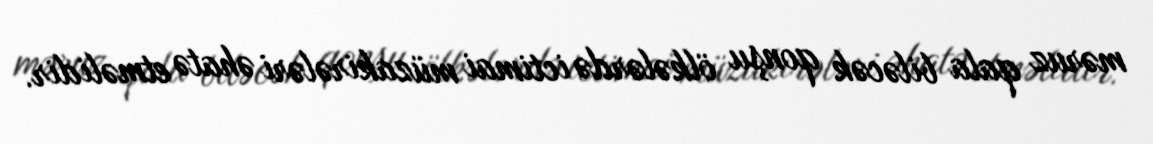
məruz qala biləcək qonşu ölkələrdə ictimai müzakirələri əhatə etməlidir.